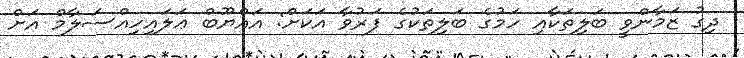
ދިގު ޒަމާންވީ ބަލިތަކާއި ހަމުގެ ބަލިތަކުގެ ފަރުވާ އަކަށް: އައްޔޫބް ޢަލައިހިއްސަލާމް އަށް